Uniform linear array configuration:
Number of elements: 48
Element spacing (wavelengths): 0.5
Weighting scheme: kaiser
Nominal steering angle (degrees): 60
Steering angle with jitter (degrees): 58.668
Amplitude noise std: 0.05
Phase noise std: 0.05

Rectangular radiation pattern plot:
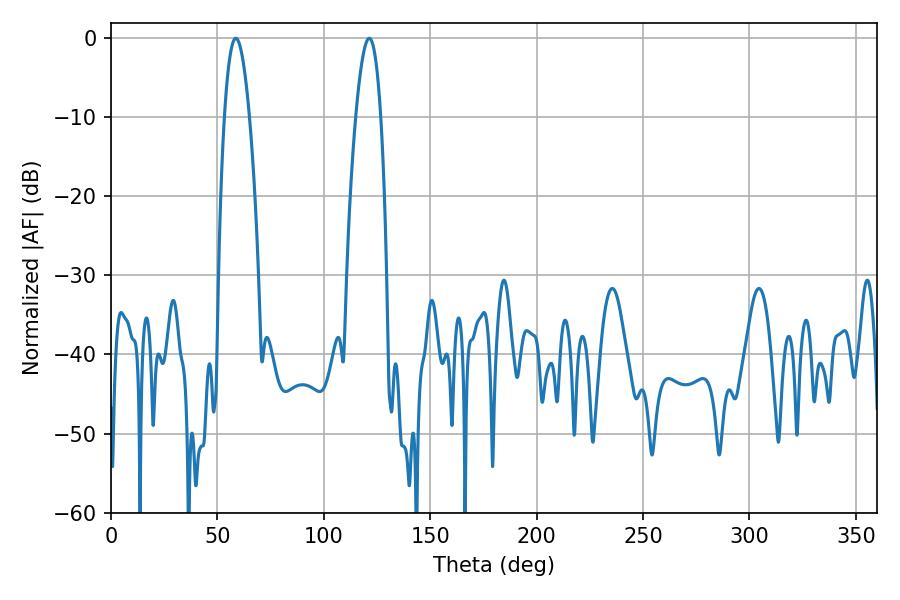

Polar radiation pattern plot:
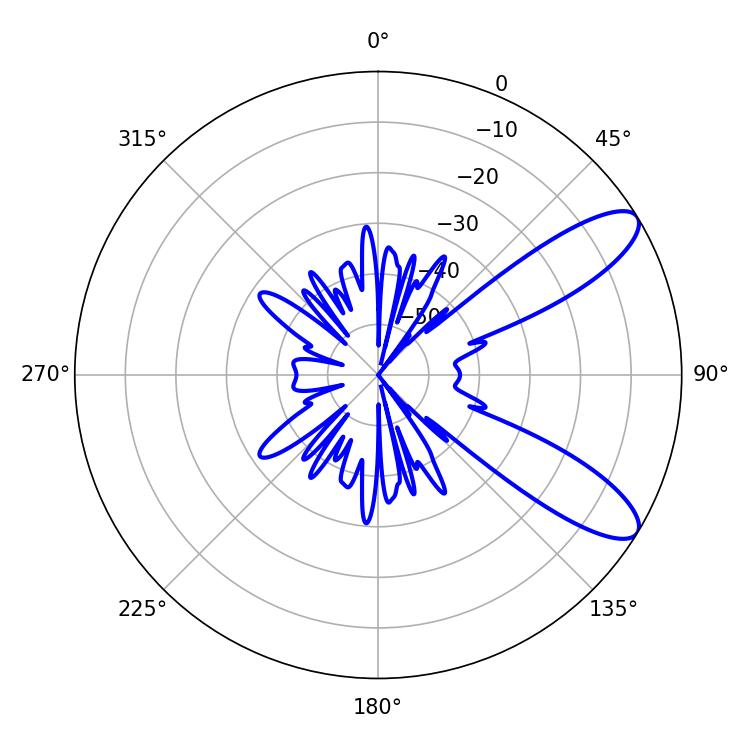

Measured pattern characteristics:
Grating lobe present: FALSE
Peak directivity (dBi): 9.832
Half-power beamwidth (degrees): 6.48
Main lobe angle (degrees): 58.68